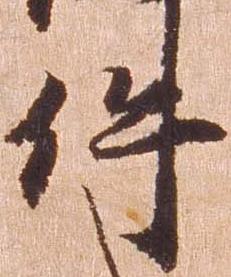
件